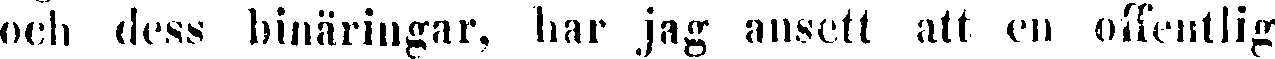
och dess binäringar, har jag ansett att en offentlig